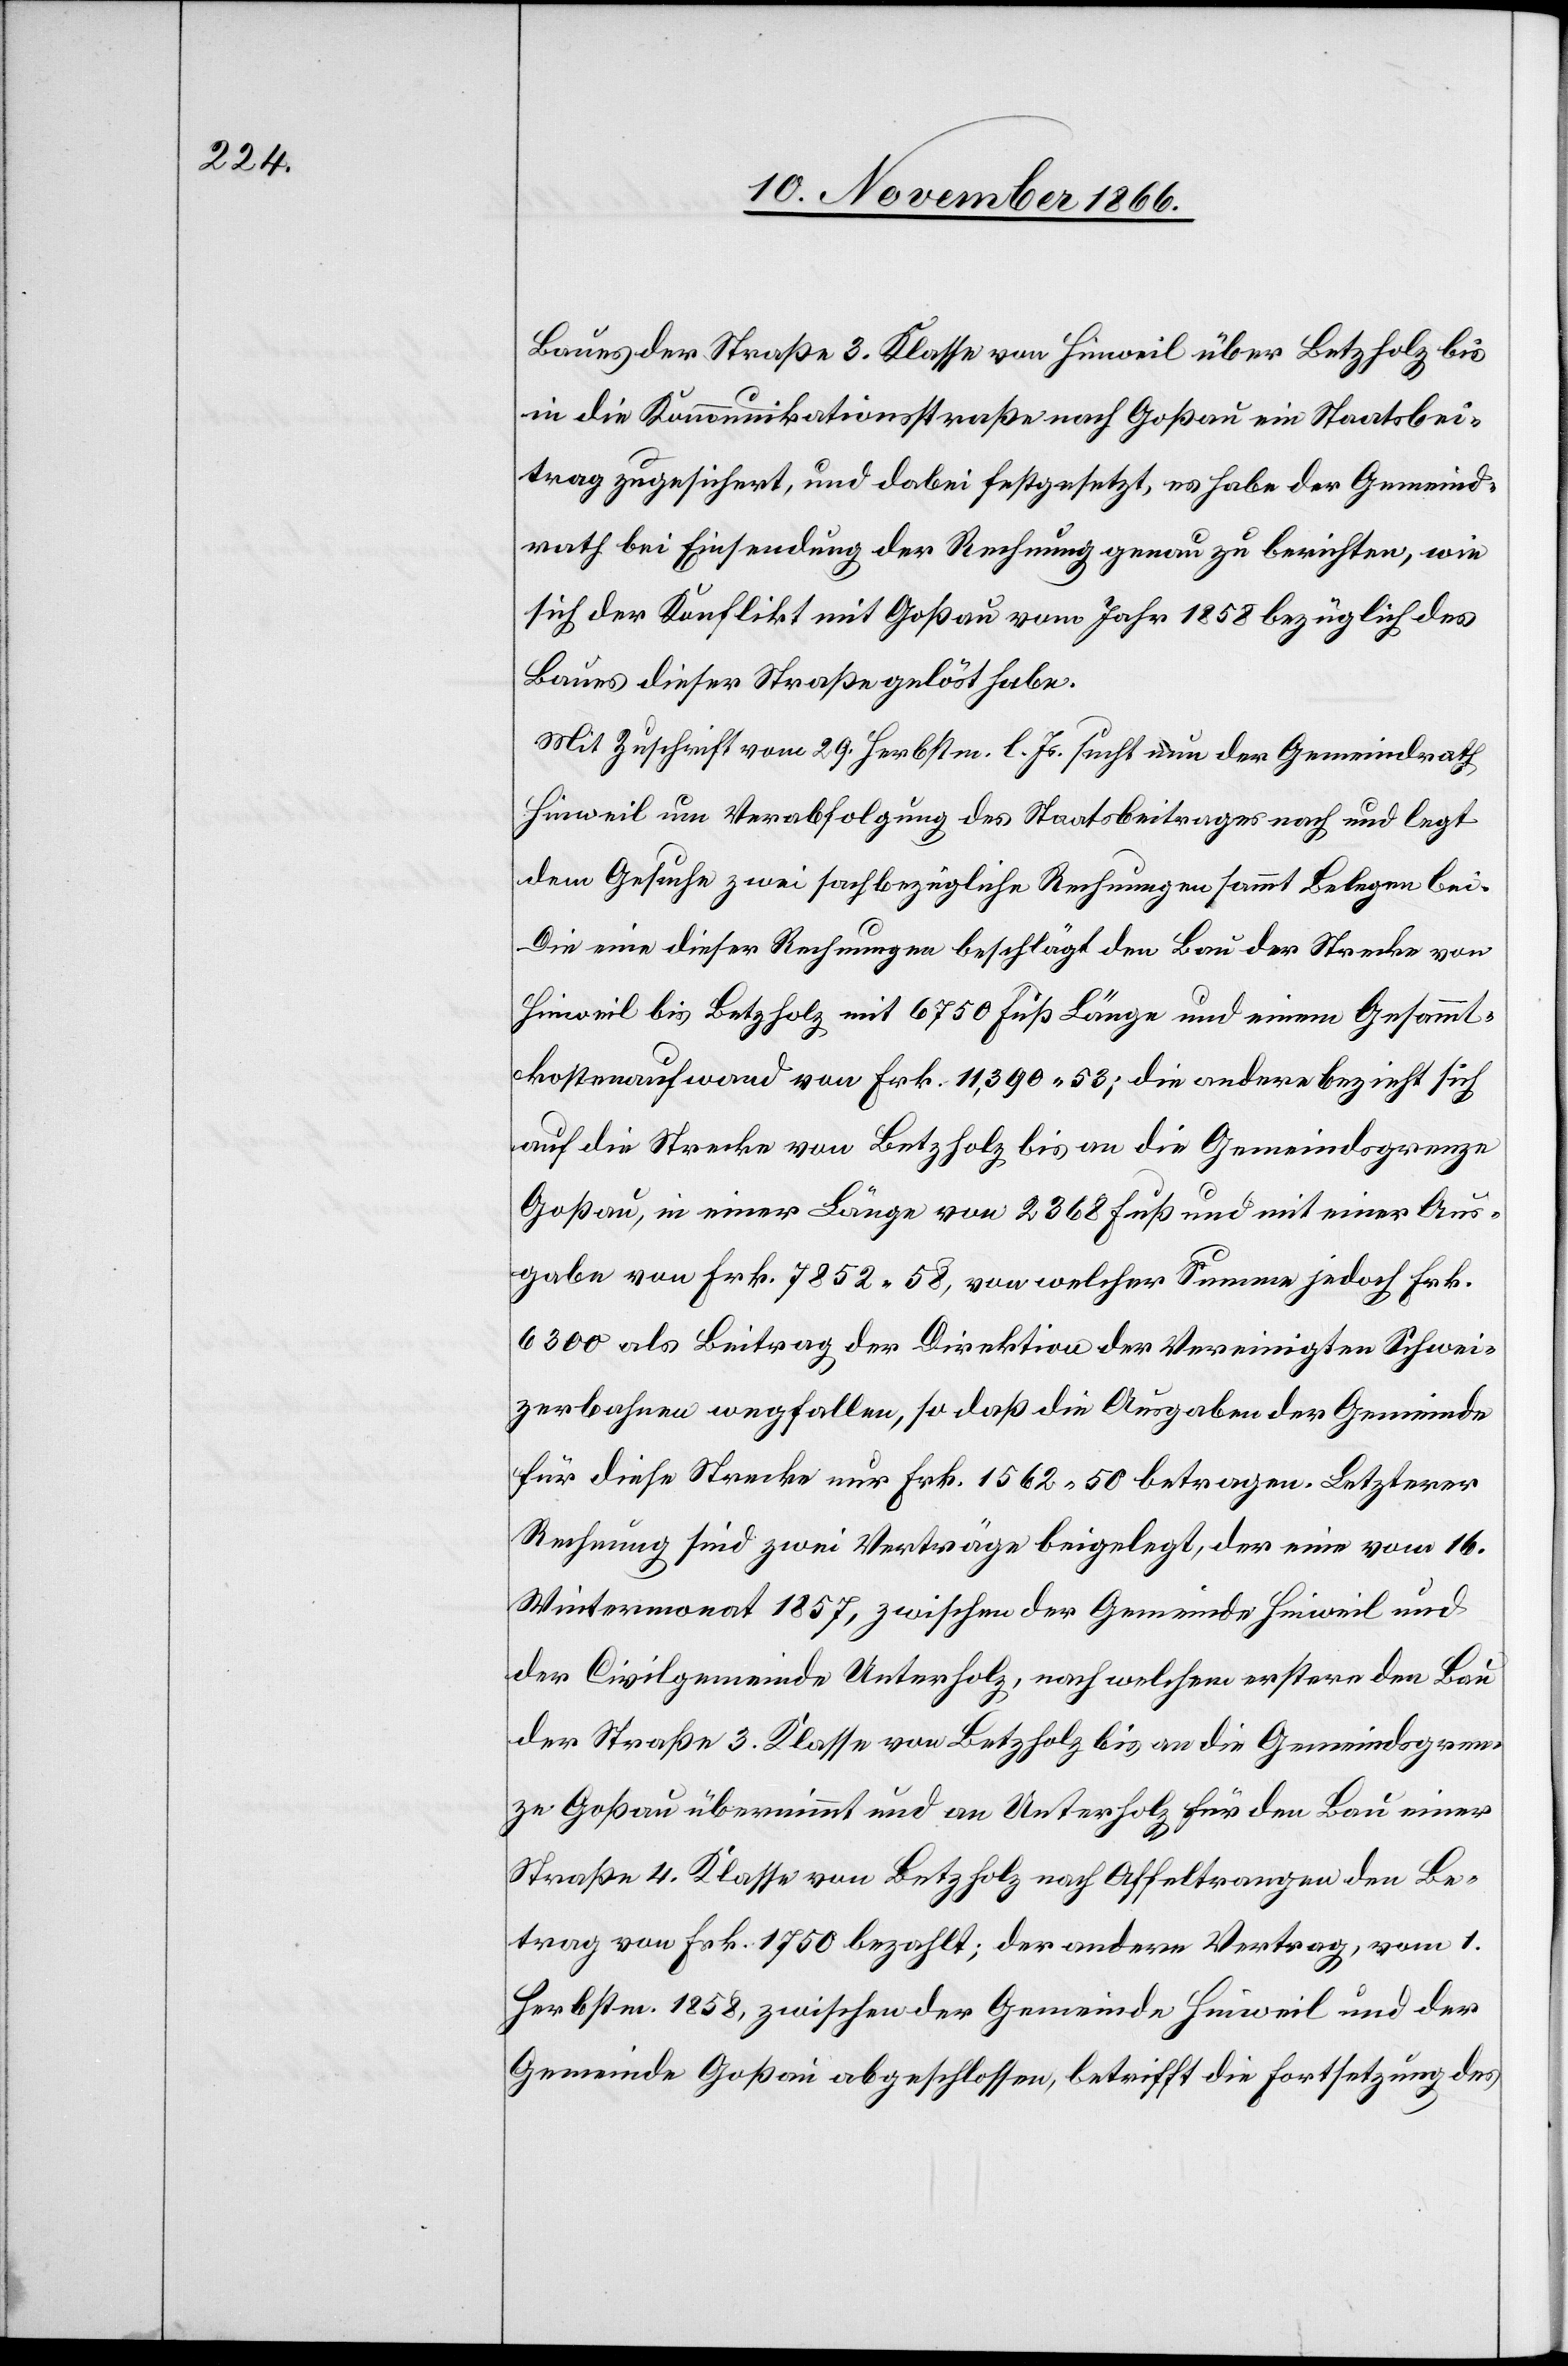
Baues der Straße 3. Klasse von Hinweil über Betzholz bis
in die Kommunikationsstraße nach Goßau ein Staatsbei¬
trag zugesichert, und dabei festgesetzt, es habe der Gemeind¬
rath bei Einsendung der Rechnung genau zu berichten, wie
sich der Konflikt mit Goßau vom Jahr 1858 bezüglich des
Baues dieser Straße gelöst habe.
Mit Zuschrift vom 29. Herbstm. l. Js. sucht nun der Gemeindrath
Hinweil um Verabfolgung des Staatsbeitrages nach und legt
dem Gesuche zwei sachbezügliche Rechnungen sammt Belegen bei.
Die eine dieser Rechnungen beschlägt den Bau der Strecke von
Hinweil bis Betzholz mit 6750 Fuß Länge und einem Gesammt¬
kostenaufwand von Frk. 11 390.53; die andere bezieht sich
auf die Strecke von Betzholz bis an die Gemeindsgrenze
Goßau, in einer Länge von 2368 Fuß und mit einer Aus¬
gabe von Frk. 7852.58, von welcher Summe jedoch Frk.
6300 als Beitrag der Direktion der Vereinigten Schwei¬
zerbahnen wegfallen, so daß die Ausgaben der Gemeinde
für diese Strecke nur Frk. 1562.50 betragen. Letzterer
Rechnung sind zwei Verträge beigelegt, der eine vom 16.
Wintermonat 1857, zwischen der Gemeinde Hinweil und
der Civilgemeinde Unterholz, nach welchem erstere den Bau
der Straße 3. Klasse von Betzholz bis an die Gemeindsgren¬
ze Goßau übernimmt und an Unterholz für den Bau einer
Straße 4. Klasse von Betzholz nach Affeltrangen den Be¬
trag von Frk. 1750 bezahlt; der andere Vertrag, vom 1.
Herbstm. 1858, zwischen der Gemeinde Hinweil und der
Gemeinde Goßau abgeschlossen, betrifft die Fortsetzung des